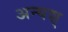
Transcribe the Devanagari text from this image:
अन्यश्